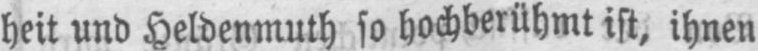
heit und Heldenmuth so hochberühmt ist, ihnen